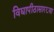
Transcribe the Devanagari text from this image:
विद्यापीठासारख्या